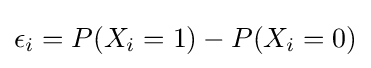
\epsilon _{i}=P(X_{i}=1)-P(X_{i}=0)